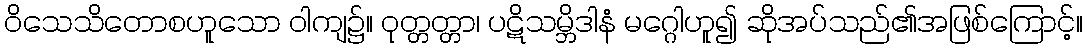
ဝိသေသိတောစဟူသော ဝါကျ၌။ ဝုတ္တတ္တာ၊ ပဋိသမ္ဘိဒါနံ မဂ္ဂေါဟူ၍ ဆိုအပ်သည်၏အဖြစ်ကြောင့်။